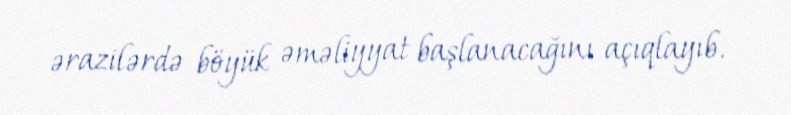
ərazilərdə böyük əməliyyat başlanacağını açıqlayıb.